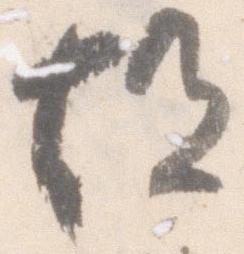
故